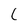
Character: C